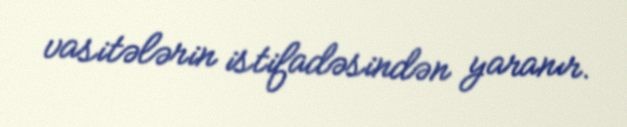
vasitələrin istifadəsindən yaranır.